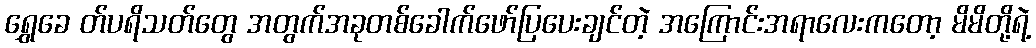
ရွှေခေ တ်ပရိသတ်တွေ အတွက်အခုတစ်ခေါက်ဖော်ပြပေးချင်တဲ့ အကြောင်းအရာလေးကတော့ မိမိတို့ရဲ့